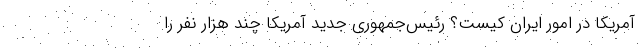
آمریکا در امور ایران کیست؟ رئیس‌جمهوری جدید آمریکا چند هزار نفر را